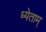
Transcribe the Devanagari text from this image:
ध्येताम्